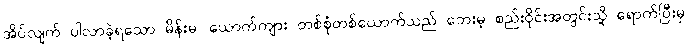
အိပ်လျက် ပါလာခဲ့ရသော မိန်းမ၊ ယောက်ကျား တစ်စုံတစ်ယောက်သည် ဘေးမဲ့ စည်းဝိုင်းအတွင်းသို့ ရောက်ပြီးမှ